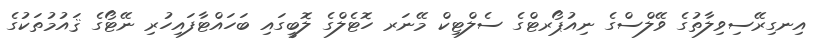
އިނގިރޭސިވިލާތުގެ ވޭލްސްގެ ނިއުޕޯރޓްގެ ސެލްޓިކް މޭނަރ ހޮޓެލްގެ ލޮބީގައި ބަހައްޓާފައިހުރި ނޭޓޯގެ ޤައުމުތަކުގެ